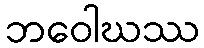
ဘဝေါဃဿ